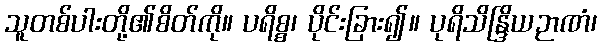
သူတစ်ပါးတို့၏စိတ်ကို။ ပရိစ္စ၊ ပိုင်းခြား၍။ ပုရိသိန္ဒြိယဉာဏံ၊